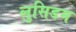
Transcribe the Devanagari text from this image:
लुसिडम